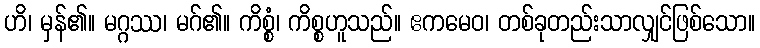
ဟိ၊ မှန်၏။ မဂ္ဂဿ၊ မဂ်၏။ ကိစ္စံ၊ ကိစ္စဟူသည်။ ဧကမေဝ၊ တစ်ခုတည်းသာလျှင်ဖြစ်သော။